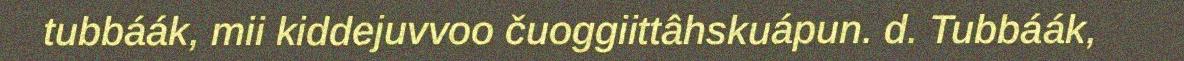
tubbáák, mii kiddejuvvoo čuoggiittâhskuápun. d. Tubbáák,